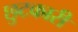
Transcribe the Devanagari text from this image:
छुटकारी